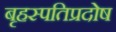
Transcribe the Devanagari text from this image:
बृहस्पतिप्रदोष